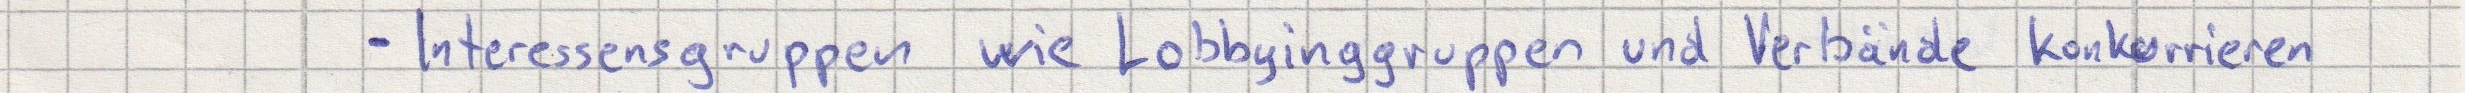
- Interessensgruppen wie Lobbyinggruppen und Verbände konkurrieren